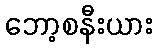
ဘော့စနီးယား